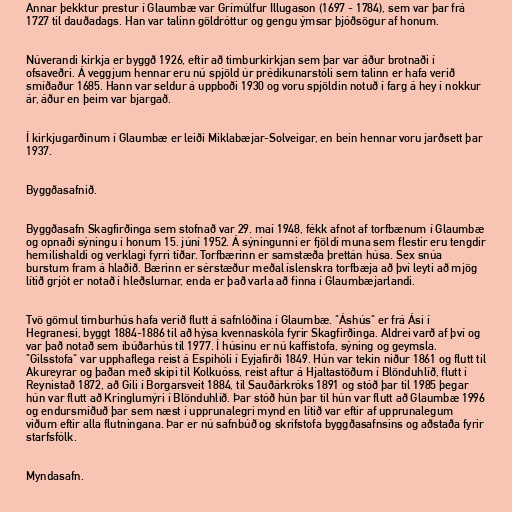
Annar þekktur prestur í Glaumbæ var Grímúlfur Illugason (1697 - 1784), sem var þar frá
1727 til dauðadags. Han var talinn göldróttur og gengu ýmsar þjóðsögur af honum.

Núverandi kirkja er byggð 1926, eftir að timburkirkjan sem þar var áður brotnaði í
ofsaveðri. Á veggjum hennar eru nú spjöld úr prédikunarstóli sem talinn er hafa verið
smíðaður 1685. Hann var seldur á uppboði 1930 og voru spjöldin notuð í farg á hey í nokkur
ár, áður en þeim var bjargað.

Í kirkjugarðinum í Glaumbæ er leiði Miklabæjar-Solveigar, en bein hennar voru jarðsett þar
1937.

Byggðasafnið.

Byggðasafn Skagfirðinga sem stofnað var 29. maí 1948, fékk afnot af torfbænum í Glaumbæ
og opnaði sýningu í honum 15. júní 1952. Á sýningunni er fjöldi muna sem flestir eru tengdir
hemilishaldi og verklagi fyrri tíðar. Torfbærinn er samstæða þrettán húsa. Sex snúa
burstum fram á hlaðið. Bærinn er sérstæður meðal íslenskra torfbæja að því leyti að mjög
lítið grjót er notað í hleðslurnar, enda er það varla að finna í Glaumbæjarlandi.

Tvö gömul timburhús hafa verið flutt á safnlóðina í Glaumbæ. "Áshús" er frá Ási í
Hegranesi, byggt 1884-1886 til að hýsa kvennaskóla fyrir Skagfirðinga. Aldrei varð af því og
var það notað sem íbúðarhús til 1977. Í húsinu er nú kaffistofa, sýning og geymsla.
"Gilsstofa" var upphaflega reist á Espihóli í Eyjafirði 1849. Hún var tekin niður 1861 og flutt til
Akureyrar og þaðan með skipi til Kolkuóss, reist aftur á Hjaltastöðum í Blönduhlíð, flutt í
Reynistað 1872, að Gili í Borgarsveit 1884, til Sauðárkróks 1891 og stóð þar til 1985 þegar
hún var flutt að Kringlumýri í Blönduhlíð. Þar stóð hún þar til hún var flutt að Glaumbæ 1996
og endursmíðuð þar sem næst í upprunalegri mynd en lítið var eftir af upprunalegum
viðum eftir alla flutningana. Þar er nú safnbúð og skrifstofa byggðasafnsins og aðstaða fyrir
starfsfólk.

Myndasafn.